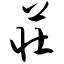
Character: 庄